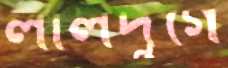
লালদুর্গে